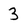
Character: 3